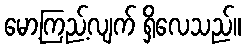
မော့ကြည့်လျက် ရှိလေသည်။